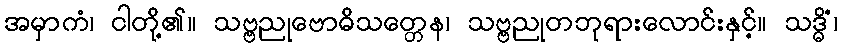
အမှာကံ၊ ငါတို့၏။ သဗ္ဗညုဗောဓိသတ္တေန၊ သဗ္ဗညုတဘုရားလောင်းနှင့်။ သဒ္ဓိံ၊